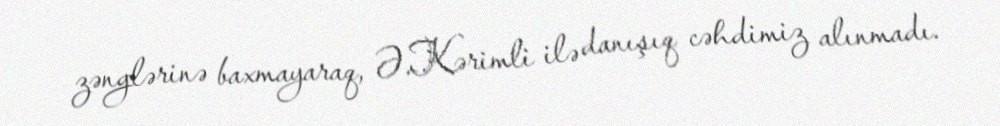
zənglərinə baxmayaraq, Ə.Kərimli ilə danışıq cəhdimiz alınmadı.